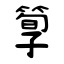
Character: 箰